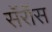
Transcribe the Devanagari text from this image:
सॅरॉस